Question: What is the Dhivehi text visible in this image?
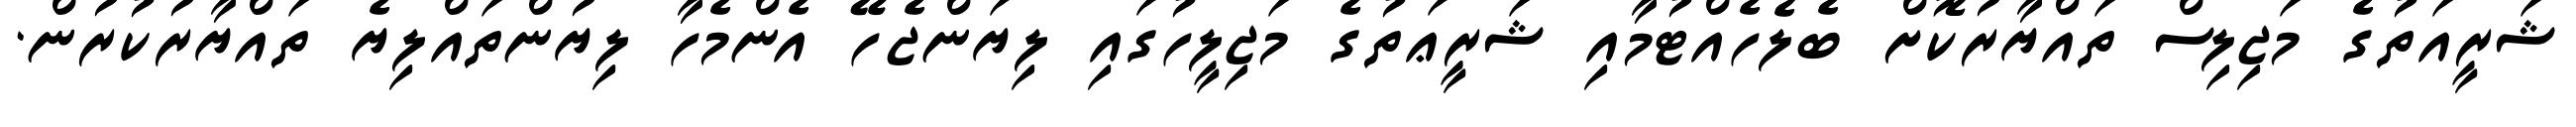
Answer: ޝަރީއަތުގެ މަޖިލިސް ތައްޔާރުކޮށް ބެލެހެއްޓުމާއި ޝަރީޢަތުގެ މަޖިލީހުގައި ލިޔަންޖެހޭ އެންމެހާ ލިޔުންތައްލިޔެ ތައްޔާރުކުރުން.